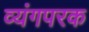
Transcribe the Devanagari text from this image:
व्यंगपरक